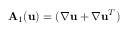
\mathbf { A } _ { 1 } ( \mathbf { u } ) = ( \boldsymbol \nabla \mathbf { u } + \boldsymbol \nabla \mathbf { u } ^ { T } )